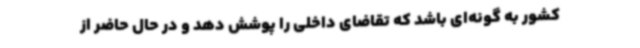
کشور به گونه‌ای باشد که تقاضای داخلی را پوشش دهد و در حال حاضر از